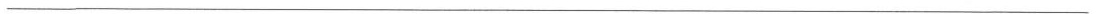
___